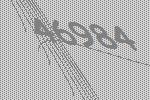
46984